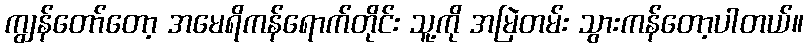
ကျွန်တော်တော့ အမေရိကန်ရောက်တိုင်း သူ့ကို အမြဲတမ်း သွားကန်တော့ပါတယ်။